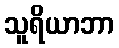
သူရိယာဘာ